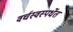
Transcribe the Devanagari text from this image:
वर्चस्वस्पर्धेत